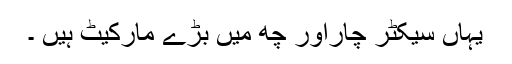
یہاں سیکٹر چاراور چھ میں بڑے مارکیٹ ہیں ۔